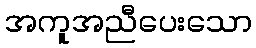
အကူအညီပေးသော